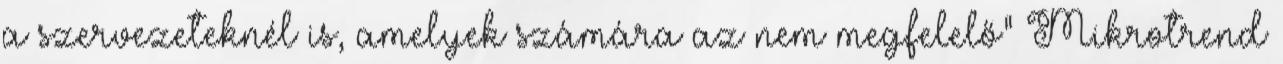
a szervezeteknél is, amelyek számára az nem megfelelő” Mikrotrend